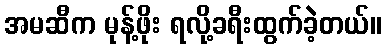
အမဆီက မုန့်ဖိုး ရလို့ခရီးထွက်ခဲ့တယ်။